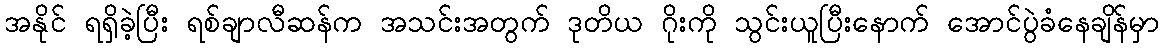
အနိုင် ရရှိခဲ့ပြီး ရစ်ချာလီဆန်က အသင်းအတွက် ဒုတိယ ဂိုးကို သွင်းယူပြီးနောက် အောင်ပွဲခံနေချိန်မှာ